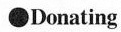
●Donating